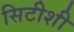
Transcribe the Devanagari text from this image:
सिटीशी